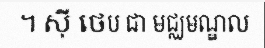
។ ស៊ី ថេប ជា មជ្ឈមណ្ឌល